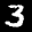
Label: 3